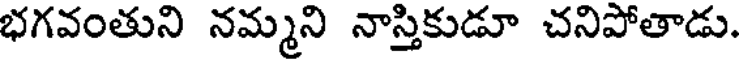
భగవంతుని నమ్మని నాస్తికుడూ చనిపోతాడు.